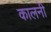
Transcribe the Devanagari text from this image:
कालनी